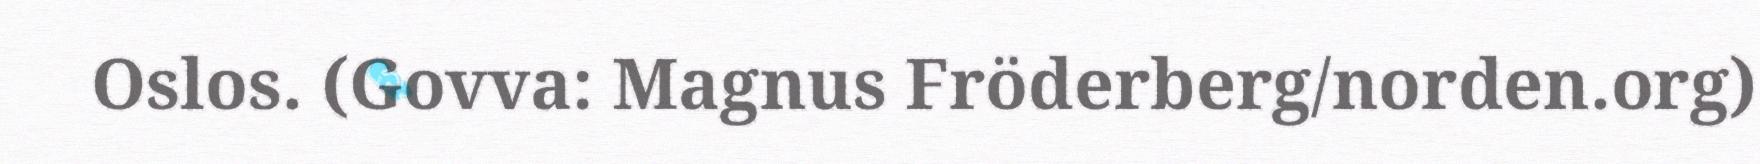
Oslos. (Govva: Magnus Fröderberg/norden.org)